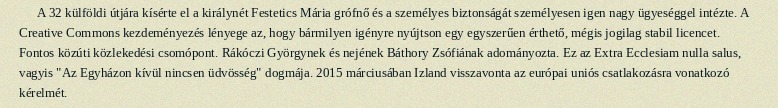
A 32 külföldi útjára kísérte el a királynét Festetics Mária grófnő és a személyes biztonságát személyesen igen nagy ügyeséggel intézte. A Creative Commons kezdeményezés lényege az, hogy bármilyen igényre nyújtson egy egyszerűen érthető, mégis jogilag stabil licencet. Fontos közúti közlekedési csomópont. Rákóczi Györgynek és nejének Báthory Zsófiának adományozta. Ez az Extra Ecclesiam nulla salus, vagyis "Az Egyházon kívül nincsen üdvösség" dogmája. 2015 márciusában Izland visszavonta az európai uniós csatlakozásra vonatkozó kérelmét.